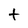
Character: t